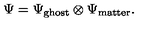
\Psi = \Psi _ { \mathrm { g h o s t } } \otimes \Psi _ { \mathrm { m a t t e r } } .